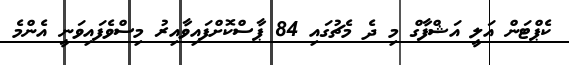
ކެޕްޓަން އަލީ އަޝްފާގް މި ދެ މެޗުގައި 84 ޕާސްކޮށްފައިވާއިރު މިސްވެފައިވަނީ އެންމެ